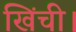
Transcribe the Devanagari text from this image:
खिंची।